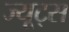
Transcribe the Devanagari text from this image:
ज्यूट्स